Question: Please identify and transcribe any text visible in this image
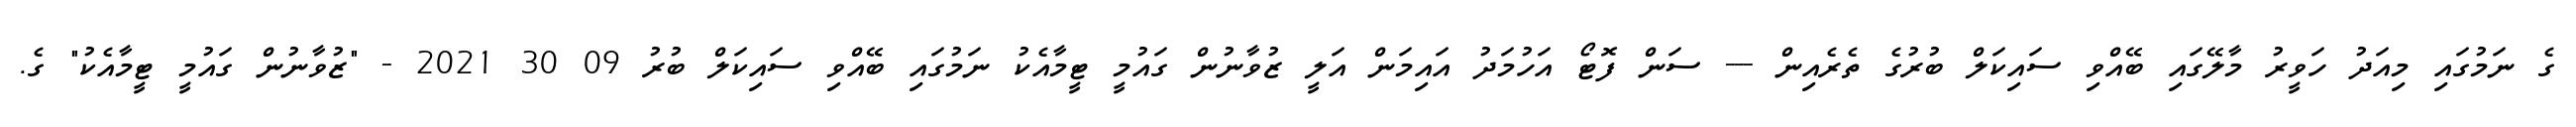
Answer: ގެ ނަމުގައި މިއަދު ހަވީރު މާލޭގައި ބޭއްވި ސައިކަލް ބުރުގެ ތެރެއިން --- ސަން ފޮޓޯ އަހުމަދު އައިމަން އަލީ ޒުވާނުން ގައުމީ ޓީމާއެކު ނަމުގައި ބޭއްވި ސައިކަލް ބުރު 09 30 2021 - "ޒުވާނުން ގައުމީ ޓީމާއެކު" ގެ.